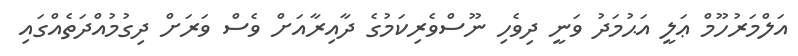
އަލްމަރުހޫމް ޢަލީ އަޙުމަދު ވަނީ ދިވެހި ނޫސްވެރިކަމުގެ ދާއިރާއަށް ވެސް ވަރަށް ދިގުމުއްދަތެއްގައި